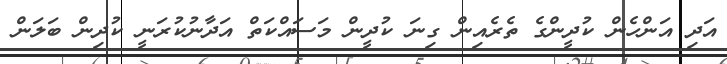
އަދި އަންހެން ކުދީންގެ ތެރެއިން ގިނަ ކުދީން މަސައްކަތް އަދާނުކުރަނީ ކުދިން ބަލަން